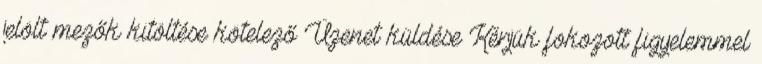
jelölt mezők kitöltése kötelező Üzenet küldése Kérjük fokozott figyelemmel